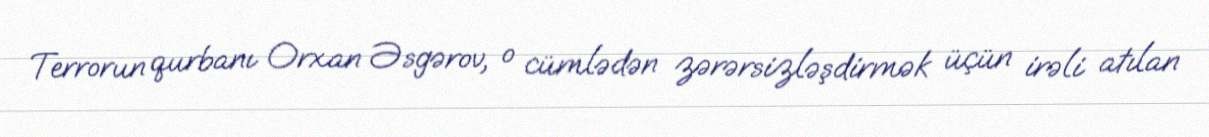
Terrorun qurbanı Orxan Əsgərov, o cümlədən zərərsizləşdirmək üçün irəli atılan